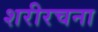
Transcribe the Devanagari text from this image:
शरीरचना